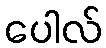
ပေါလ်